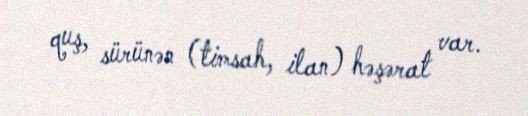
quş, sürünən (timsah, ilan) həşərat var.